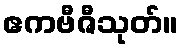
ဧကဗီဇီသုတ်။